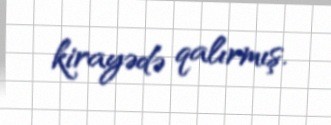
kirayədə qalırmış.